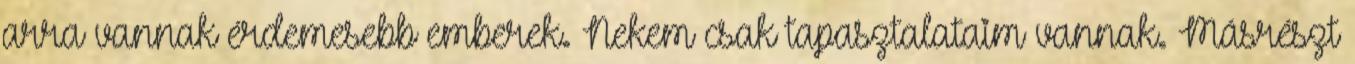
arra vannak érdemesebb emberek. Nekem csak tapasztalataim vannak. Másrészt